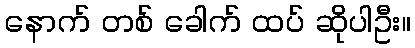
နောက် တစ် ခေါက် ထပ် ဆိုပါဦး။